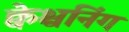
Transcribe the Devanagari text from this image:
क्वेश्चनिंग